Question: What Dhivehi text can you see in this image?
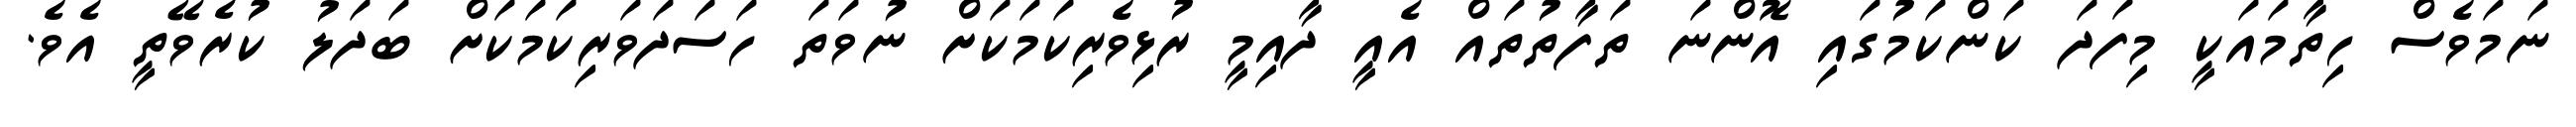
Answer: ނަމަވެސް ހިތާމައަކީ މިފަދަ ކަންކަމުގައި އޮންނަ ތަފާތުތައް އެއީ ދާއިމީ ރުޅިވެރިކަމަކަށް ނުވަތަ ހަސަދަވަރިކަމަކަށް ބަދަލު ކުރެވޭތީ އެވެ.